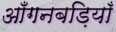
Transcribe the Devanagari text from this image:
आँगनबड़ियाँ